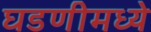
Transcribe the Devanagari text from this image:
घडणीमध्ये